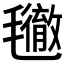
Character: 𣰪